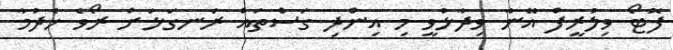
ފޮޓޯ ވިލުރީފް އޭނާ ވިދާޅުވީ މި އިންދި ގަސްތައް ރަނގަޅަށް ރޯވެ ހެދުމާ